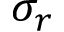
\sigma _ { r }